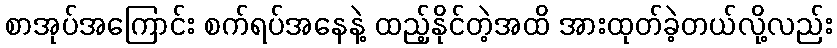
စာအုပ်အကြောင်း စက်ရပ်အနေနဲ့ ထည့်နိုင်တဲ့အထိ အားထုတ်ခဲ့တယ်လို့လည်း